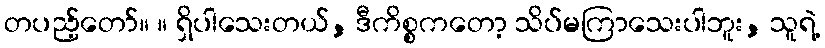
တပည့်တော်။ ။ ရှိပါသေးတယ်, ဒီကိစ္စကတော့ သိပ်မကြာသေးပါဘူး, သူရဲ့